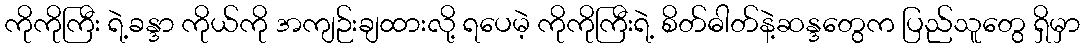
ကိုကိုကြီး ရဲ့ခန္ဒာ ကိုယ်ကို အကျဉ်းချထားလို့ ရပေမဲ့ ကိုကိုကြီးရဲ့ စိတ်ဓါတ်နဲ့ဆန္ဒတွေက ပြည်သူတွေ ရှိမှာ